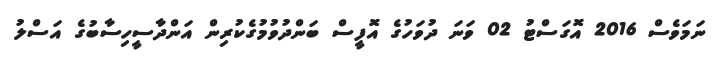
ނަމަވެސް 2016 އޮގަސްޓު 02 ވަނަ ދުވަހުގެ އޮފީސް ބަންދުވުމުގެކުރިން އަންދާސީހިސާބުގެ އަސްލު